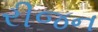
રીજન